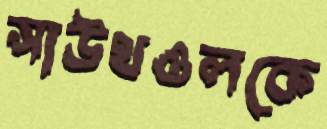
সাউথওলকে